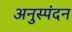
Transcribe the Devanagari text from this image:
अनुस्पंदन